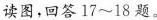
读图，回答17~18题。